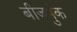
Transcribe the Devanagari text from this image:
बीजपुंक